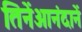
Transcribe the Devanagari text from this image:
तिनेंआनंदानें